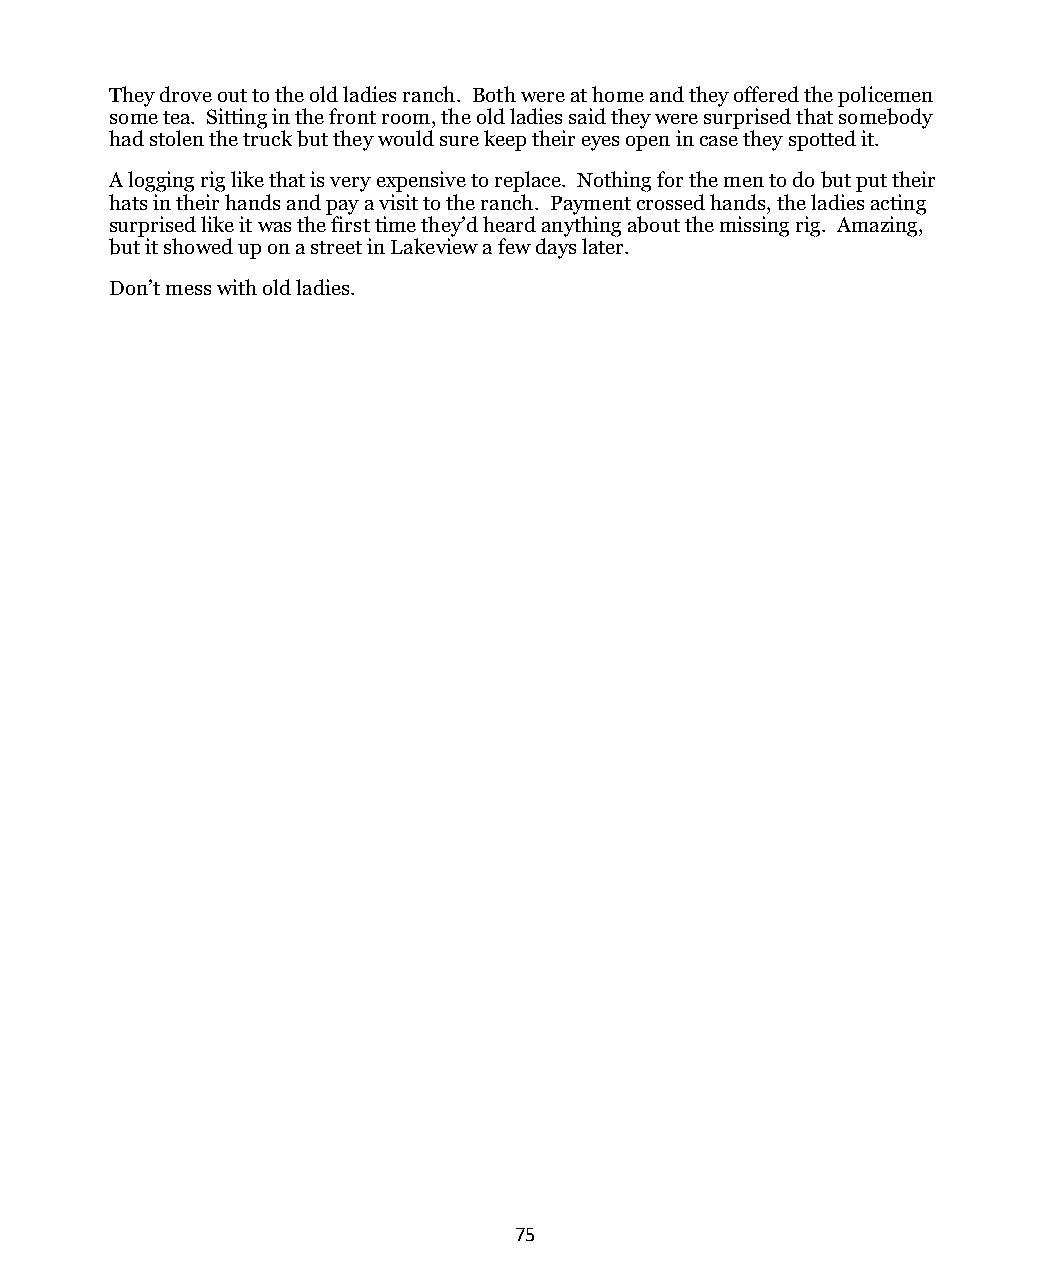
They drove out to the old ladies ranch. Both were at home and they offered the policemen
 some tea. Sitting in the front room, the old ladies said they were surprised that somebody
 had stolen the truck but they would sure keep their eyes open in case they spotted it.
 A logging rig like that is very expensive to replace. Nothing for the men to do but put their
 hats in their hands and pay a visit to the ranch. Payment crossed hands, the ladies acting
 surprised like it was the first time they’d heard anything about the missing rig. Amazing,
 but it showed up on a street in Lakeview a few days later.
 Don’t mess with old ladies.
 75